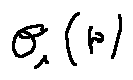
\theta _ { 1 } ( r )